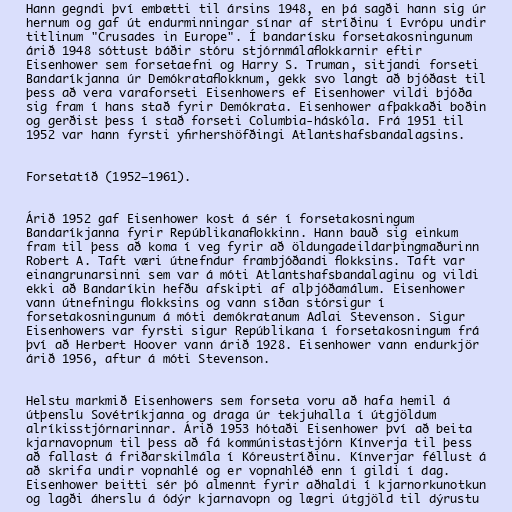
Hann gegndi því embætti til ársins 1948, en þá sagði hann sig úr
hernum og gaf út endurminningar sínar af stríðinu í Evrópu undir
titlinum "Crusades in Europe". Í bandarísku forsetakosningunum
árið 1948 sóttust báðir stóru stjórnmálaflokkarnir eftir
Eisenhower sem forsetaefni og Harry S. Truman, sitjandi forseti
Bandaríkjanna úr Demókrataflokknum, gekk svo langt að bjóðast til
þess að vera varaforseti Eisenhowers ef Eisenhower vildi bjóða
sig fram í hans stað fyrir Demókrata. Eisenhower afþakkaði boðin
og gerðist þess í stað forseti Columbia-háskóla. Frá 1951 til
1952 var hann fyrsti yfirhershöfðingi Atlantshafsbandalagsins.

Forsetatíð (1952–1961).

Árið 1952 gaf Eisenhower kost á sér í forsetakosningum
Bandaríkjanna fyrir Repúblikanaflokkinn. Hann bauð sig einkum
fram til þess að koma í veg fyrir að öldungadeildarþingmaðurinn
Robert A. Taft væri útnefndur frambjóðandi flokksins. Taft var
einangrunarsinni sem var á móti Atlantshafsbandalaginu og vildi
ekki að Bandaríkin hefðu afskipti af alþjóðamálum. Eisenhower
vann útnefningu flokksins og vann síðan stórsigur í
forsetakosningunum á móti demókratanum Adlai Stevenson. Sigur
Eisenhowers var fyrsti sigur Repúblikana í forsetakosningum frá
því að Herbert Hoover vann árið 1928. Eisenhower vann endurkjör
árið 1956, aftur á móti Stevenson.

Helstu markmið Eisenhowers sem forseta voru að hafa hemil á
útþenslu Sovétríkjanna og draga úr tekjuhalla í útgjöldum
alríkisstjórnarinnar. Árið 1953 hótaði Eisenhower því að beita
kjarnavopnum til þess að fá kommúnistastjórn Kínverja til þess
að fallast á friðarskilmála í Kóreustríðinu. Kínverjar féllust á
að skrifa undir vopnahlé og er vopnahléð enn í gildi í dag.
Eisenhower beitti sér þó almennt fyrir aðhaldi í kjarnorkunotkun
og lagði áherslu á ódýr kjarnavopn og lægri útgjöld til dýrustu